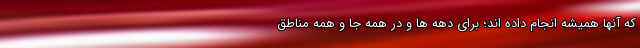
که آنها همیشه انجام داده اند؛ برای دهه ها و در همه جا و همه مناطق